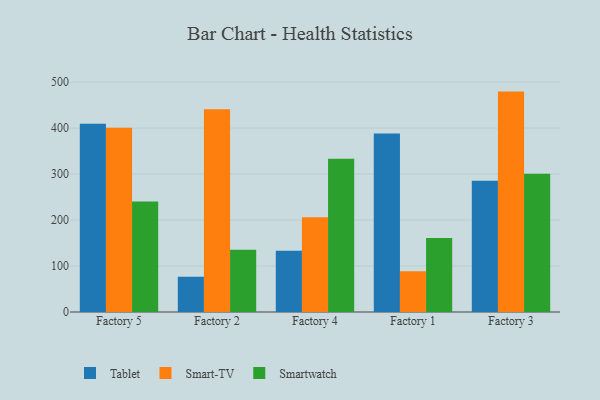
{"axis": {"x": "Factory", "y": "Customer Acquisition Cost (USD)"}, "legend": ["Smart-TV", "Smartwatch", "Tablet"], "data": [{"x": "Factory 5", "y": 409.4, "type": "Tablet"}, {"x": "Factory 5", "y": 400.8, "type": "Smart-TV"}, {"x": "Factory 5", "y": 240.3, "type": "Smartwatch"}, {"x": "Factory 2", "y": 76.7, "type": "Tablet"}, {"x": "Factory 2", "y": 440.9, "type": "Smart-TV"}, {"x": "Factory 2", "y": 135.4, "type": "Smartwatch"}, {"x": "Factory 4", "y": 133.0, "type": "Tablet"}, {"x": "Factory 4", "y": 206.1, "type": "Smart-TV"}, {"x": "Factory 4", "y": 333.1, "type": "Smartwatch"}, {"x": "Factory 1", "y": 388.3, "type": "Tablet"}, {"x": "Factory 1", "y": 88.4, "type": "Smart-TV"}, {"x": "Factory 1", "y": 160.8, "type": "Smartwatch"}, {"x": "Factory 3", "y": 285.6, "type": "Tablet"}, {"x": "Factory 3", "y": 479.3, "type": "Smart-TV"}, {"x": "Factory 3", "y": 300.7, "type": "Smartwatch"}]}